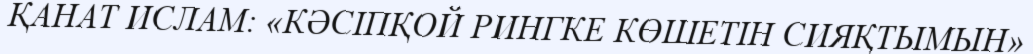
ҚАНАТ ИСЛАМ: «КӘСІПҚОЙ РИНГКЕ КӨШЕТІН СИЯҚТЫМЫН»